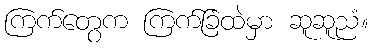
ကြက်တွေက ကြက်ခြံထဲမှာ ဆူဆူညံ။